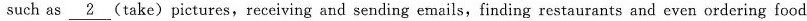
such as \underline{2}(take) pictures,receiving and sending emails,finding restaurants and even ordering food